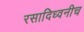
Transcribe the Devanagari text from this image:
रसादिध्वनीच